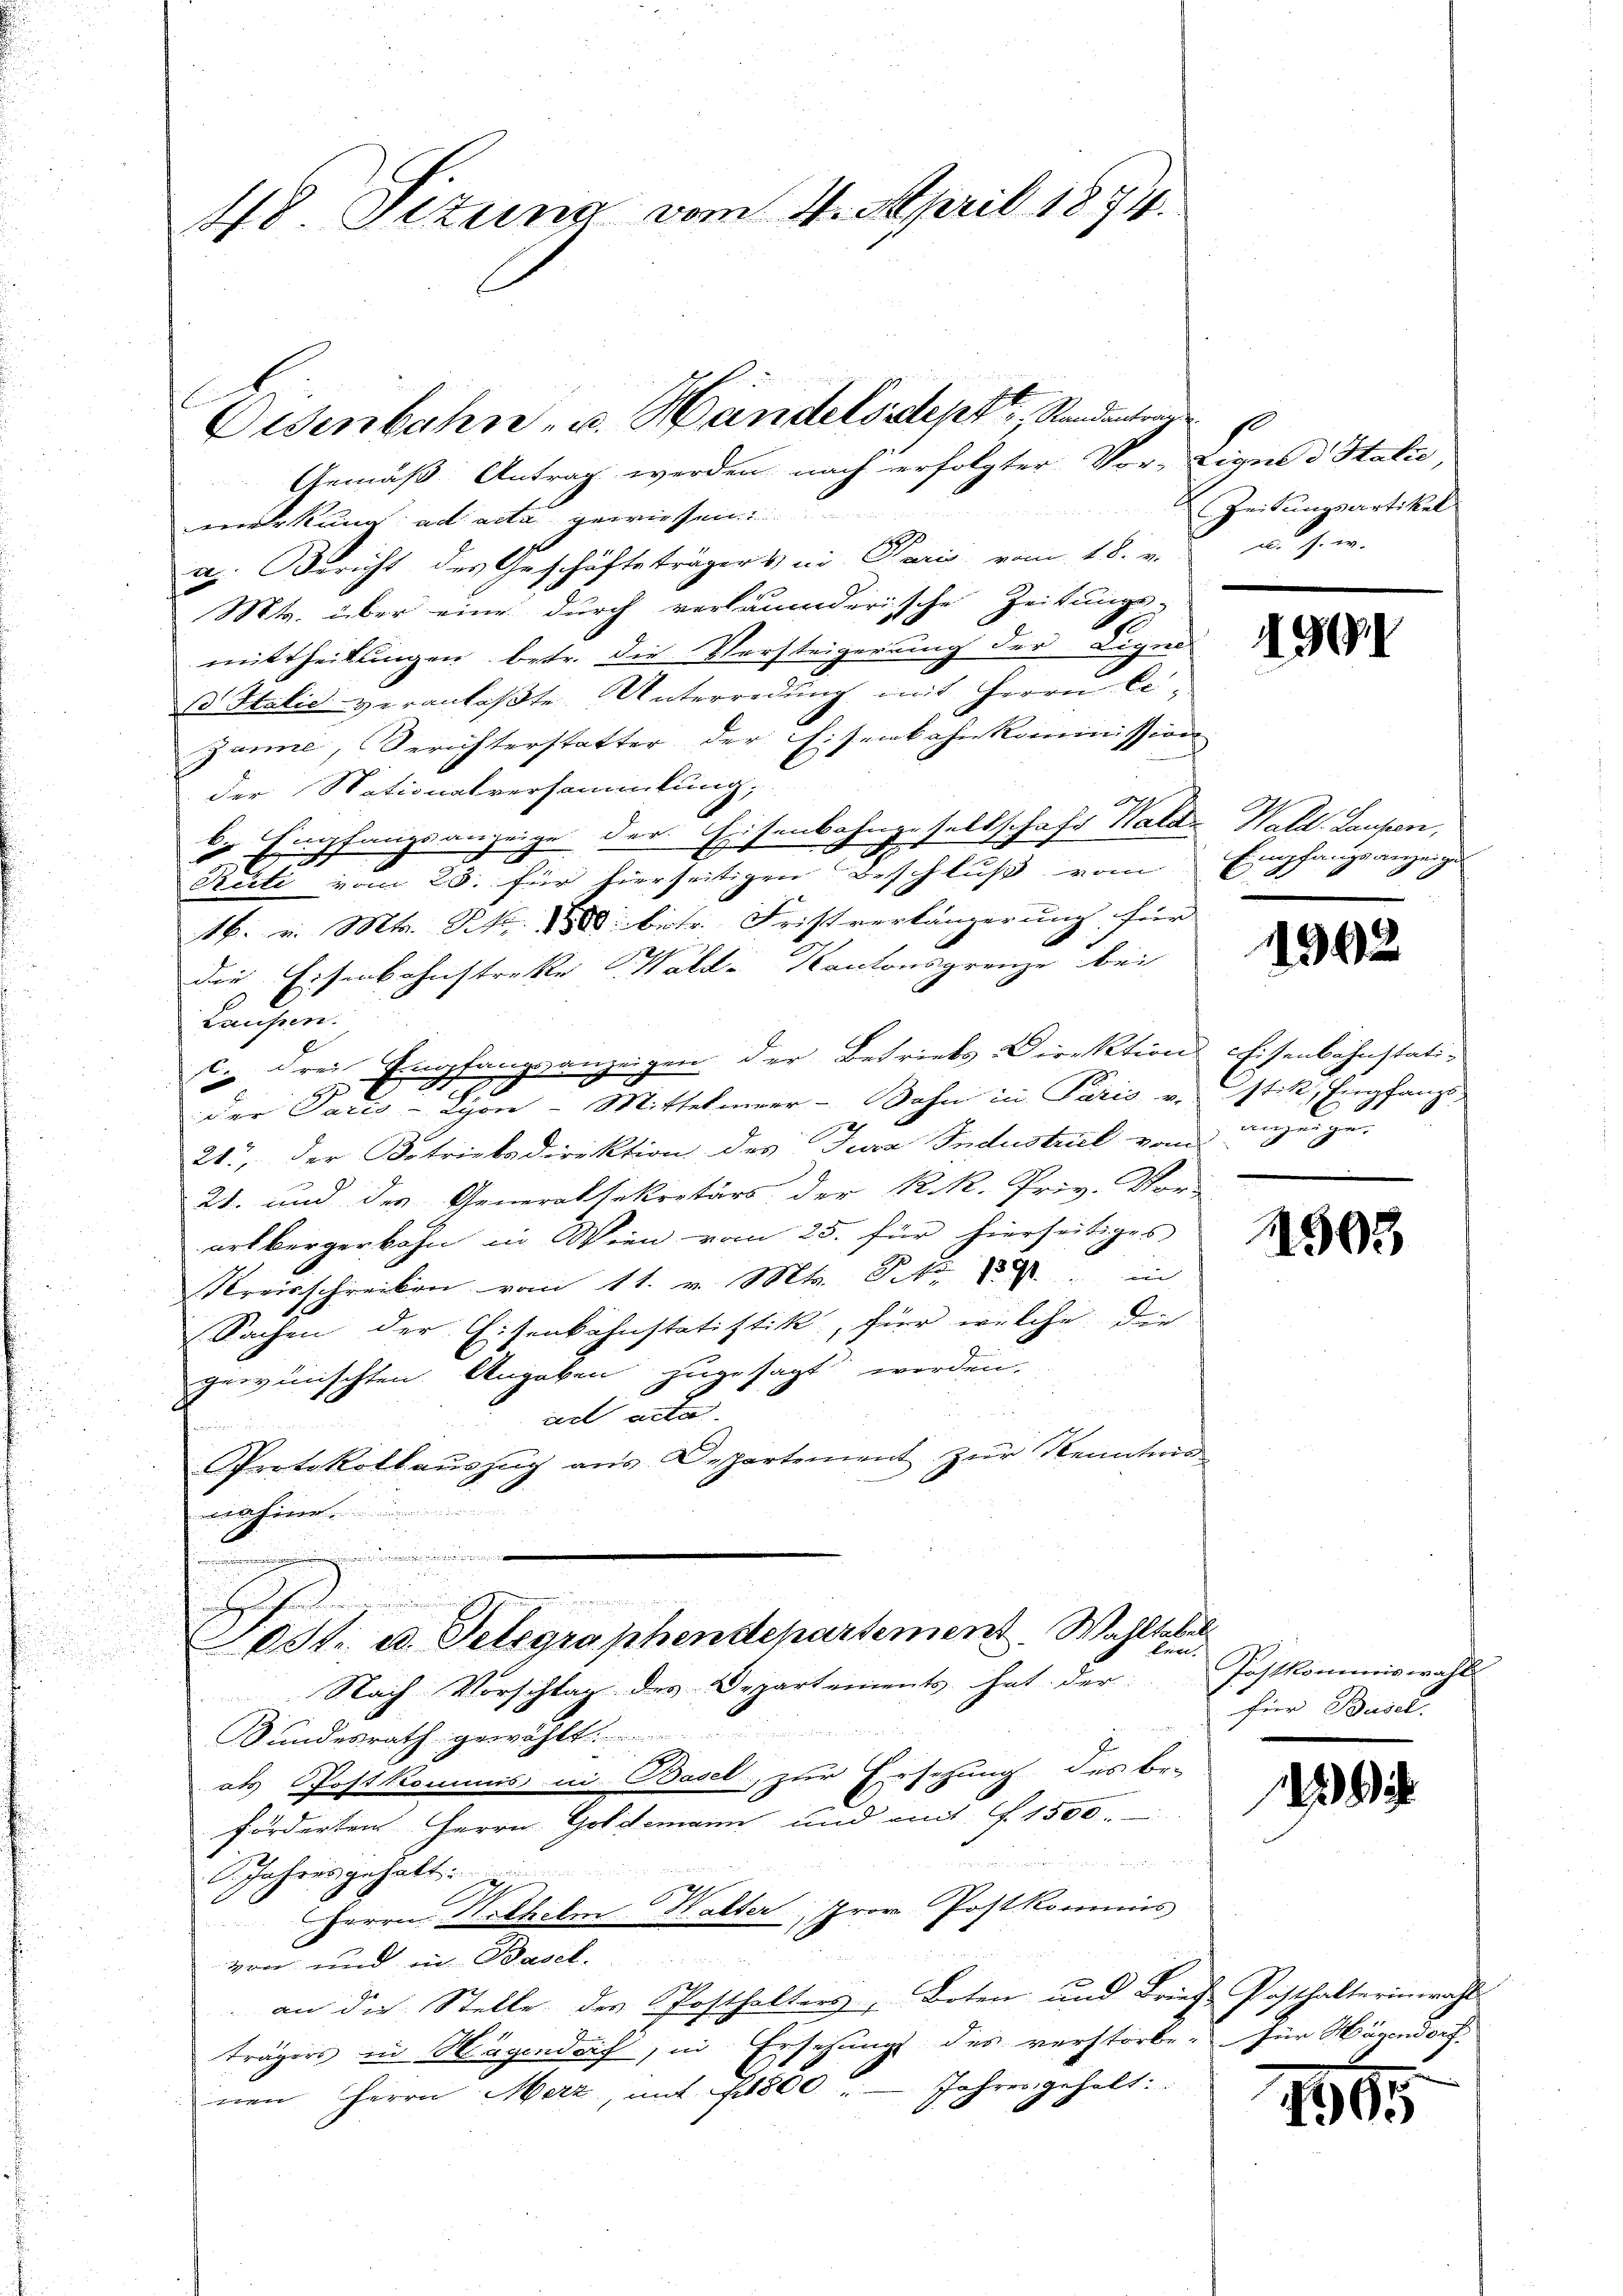
48. Sizung vom 4. April 1874.

Gemäß Antrag werden nach erfolgter Vor-Lique d Statio,

emerkung: ad acta gewiesen.
a. Bericht des Geschäftsträgers in Paris vom 18. v. u. s. w.
Mts. über eine durch verläumderische Zeitungs-
mittheilungen betr. die Versteigerung der Eige
s Halić veranlaßte Unterredung mit Herrn Ci¬
Zunne, Berichterstatter der Eisenbahnkommission
der Stationalversammlung,
s
li Empfangsanzeige der Eisenbahngesellschaft Walde Wald. Laufen,
2
Rüti vom 25. für hierseitigen Beschluß vom
16. v. Mts. Frk. 1880 betr. Fristverlängerung für
die Eisenbahnstrecke Wald- Kantonsgrenze bei
Laufen.
C. drei Empfangsanzeigen der Betriebs-Direktion chisenbahnstati¬

der Paris - Lyon - Mittelmeer - Sohn in Paris v. Etik, Empfangs-
2
21., der Betriebsdirektion des Jura Industriel vom Anzeige
21. und des Generalsekretärs der K. R. Priv. Vor-
artbergerbahn in Wien vom 25. für hierseitiges
Kreisschreiben vom 11. v. Mts. S. 19 in
Sachen der Eisenkahnstatistik, für welche die
gewünschten Angaben zugesagt werden.
ad acte
Protokollauszug aus Departement zur Kenntnis

.
2
A
St.. ad. Telegraphendepartement. Wahltabel
käge.
Nach Vorschlag des Departements hat der Postkommiswahl
u
Bundesrath gewählt
als Postkommis in Basel, zur Ersezung des be-

förderten Herrn Goldemann und mit 1500.
 Art. 29
n
Jahres gehabt.
Herrn Stilhelm Walter, Prov. Postkommis
von und in Basel.
an die Stelle des Posthalters, Boten und Brief Posthalterin wahl
trägers in Hagendorf, in Ersehungs des verstorbe- für Hagendorf
nen Herrn Merz, mit 1800 " Jahres geholt:

Oisenbahn- u. Handels Sept, Randantrag

Zeitungsartikel

199

Empfangs anzeige
E

1992

1903

für Basel.

1995